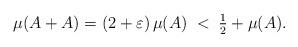
LaTeX: \begin{align*}{\mu}(A+A)= (2+\varepsilon)\, {\mu}(A)\; <\;\tfrac{1}{2} +{\mu}(A).\end{align*}